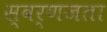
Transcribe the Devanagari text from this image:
स्वर्णजता